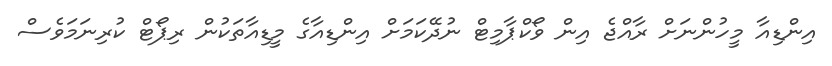
އިންޑިއާ މީހުންނަށް ރާއްޖެ އިން ވޯކްޕާމިޓް ނުދޭކަމަށް އިންޑިއާގެ މީޑިއާތަކުން ރިޕޯޓް ކުރިނަމަވެސް